Leaving Certificate Examination, 1912
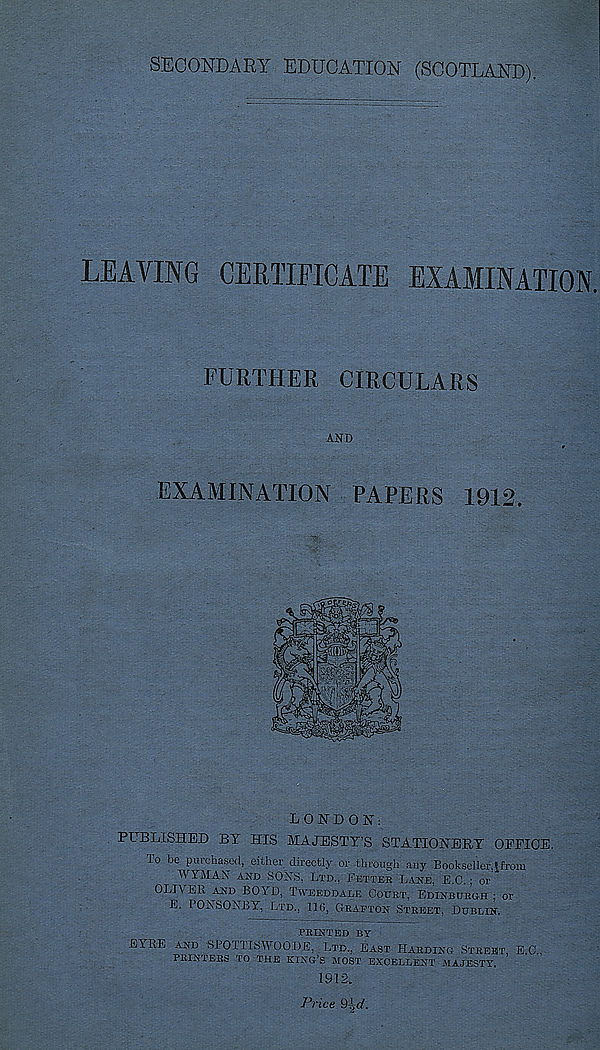
SECONDARY EDUCATION (SCOTLAND).
LEAVING CERTIFICATE EXAMINATION
FURTHER CIRCULARS
AND
EXAMINATION PAPERS 1912.
LONDON:
PUBLISHED BY HIS MAJESTY’S STATIONERY OPFIOE.
Io be purchased, either directly or through any Bookseller.ifrom
WYMAN and SONS, Ltd., Fettek Lane, E.C.; or
OLIVER and BOYD, Tweeddale Coubt, Edinburgh : or
E. I ONSONBY, Ltd., lie, Grafton Street, Dublin,
PRINTED BY
EYRE AND SPOTTISWOODE, Ltd., East Harding Street, E.C.,
PRINTERS TO THE KING’S MOST EXCELLENT MAJESTY.
1912.
Price 9^d.